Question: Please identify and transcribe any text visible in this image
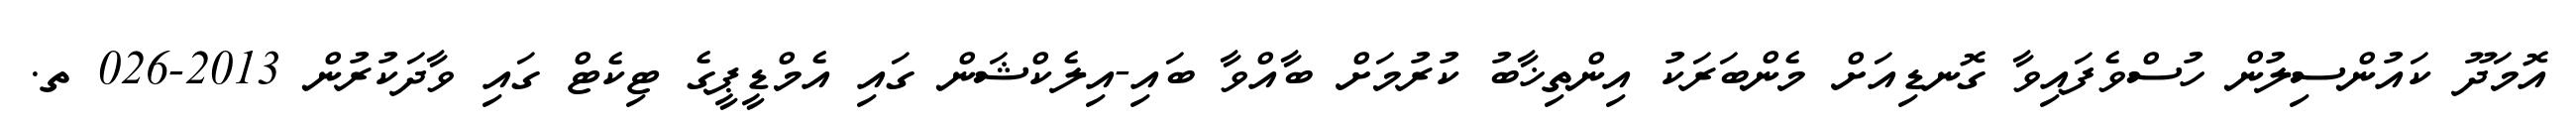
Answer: އޮމަދޫ ކައުންސިލުން ހުސްވެފައިވާ ގޮނޑިއަށް މެންބަރަކު އިންތިޚާބު ކުރުމަށް ބާއްވާ ބައި-އިލެކްޝަން ގައި އެމްޑީޕީގެ ޓިކެޓް ގައި ވާދަކުރުން 2013-026 ތ.